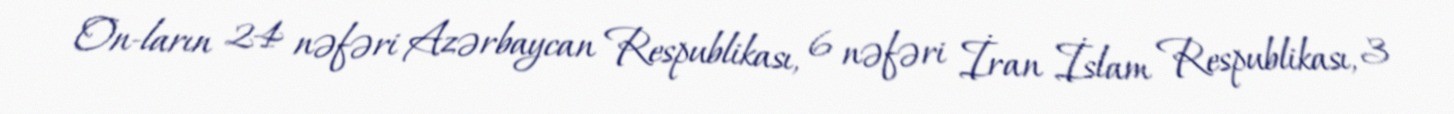
On­ların 24 nəfəri Azərbaycan Respublikası, 6 nəfəri İran İslam Respublikası, 3